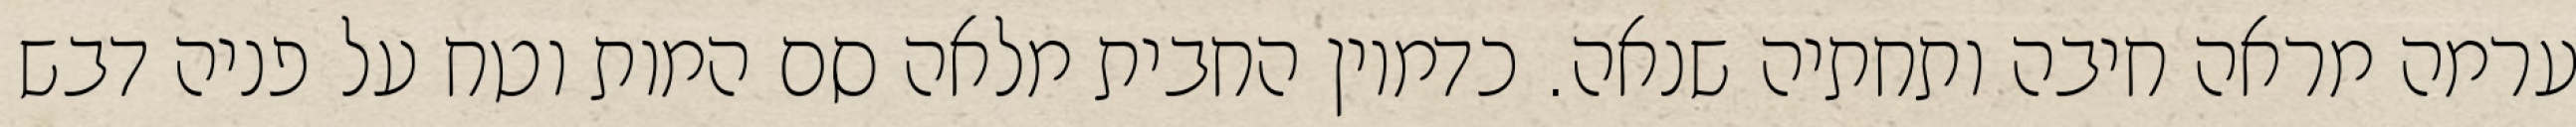
ערמה מראה חיבה ותחתיה שנאה. כדמיון החבית מלאה סם המות וטח על פניה דבש